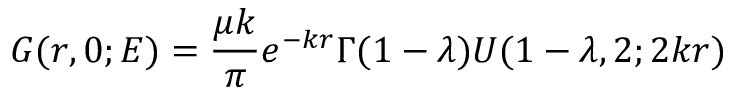
G ( r , 0 ; E ) = \frac { \mu k } { \pi } e ^ { - k r } \Gamma ( 1 - \lambda ) U ( 1 - \lambda , 2 ; 2 k r )